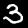
Digit: 3